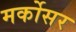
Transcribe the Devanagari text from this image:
मर्कोसर